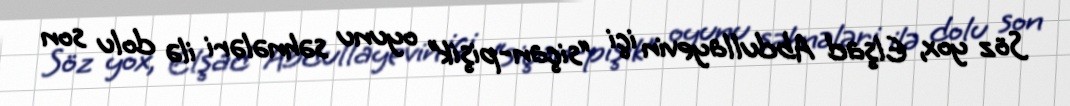
Söz yox, Elşad Abdullayevin içi “siçan-pişik” oyunu səhnələri ilə dolu son